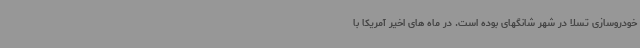
خودروسازی تسلا در شهر شانگهای بوده است. در ماه های اخیر آمریکا با